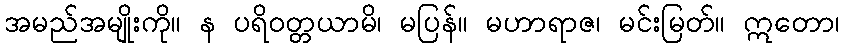
အမည်အမျိုးကို။ န ပရိဝတ္တယာမိ၊ မပြန်။ မဟာရာဇ၊ မင်းမြတ်။ ဣတော၊